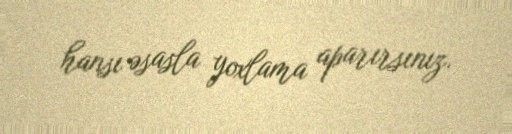
hansı əsasla yoxlama aparırsınız.